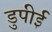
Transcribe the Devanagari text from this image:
डुपीई